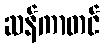
ဆန်ကာတင်